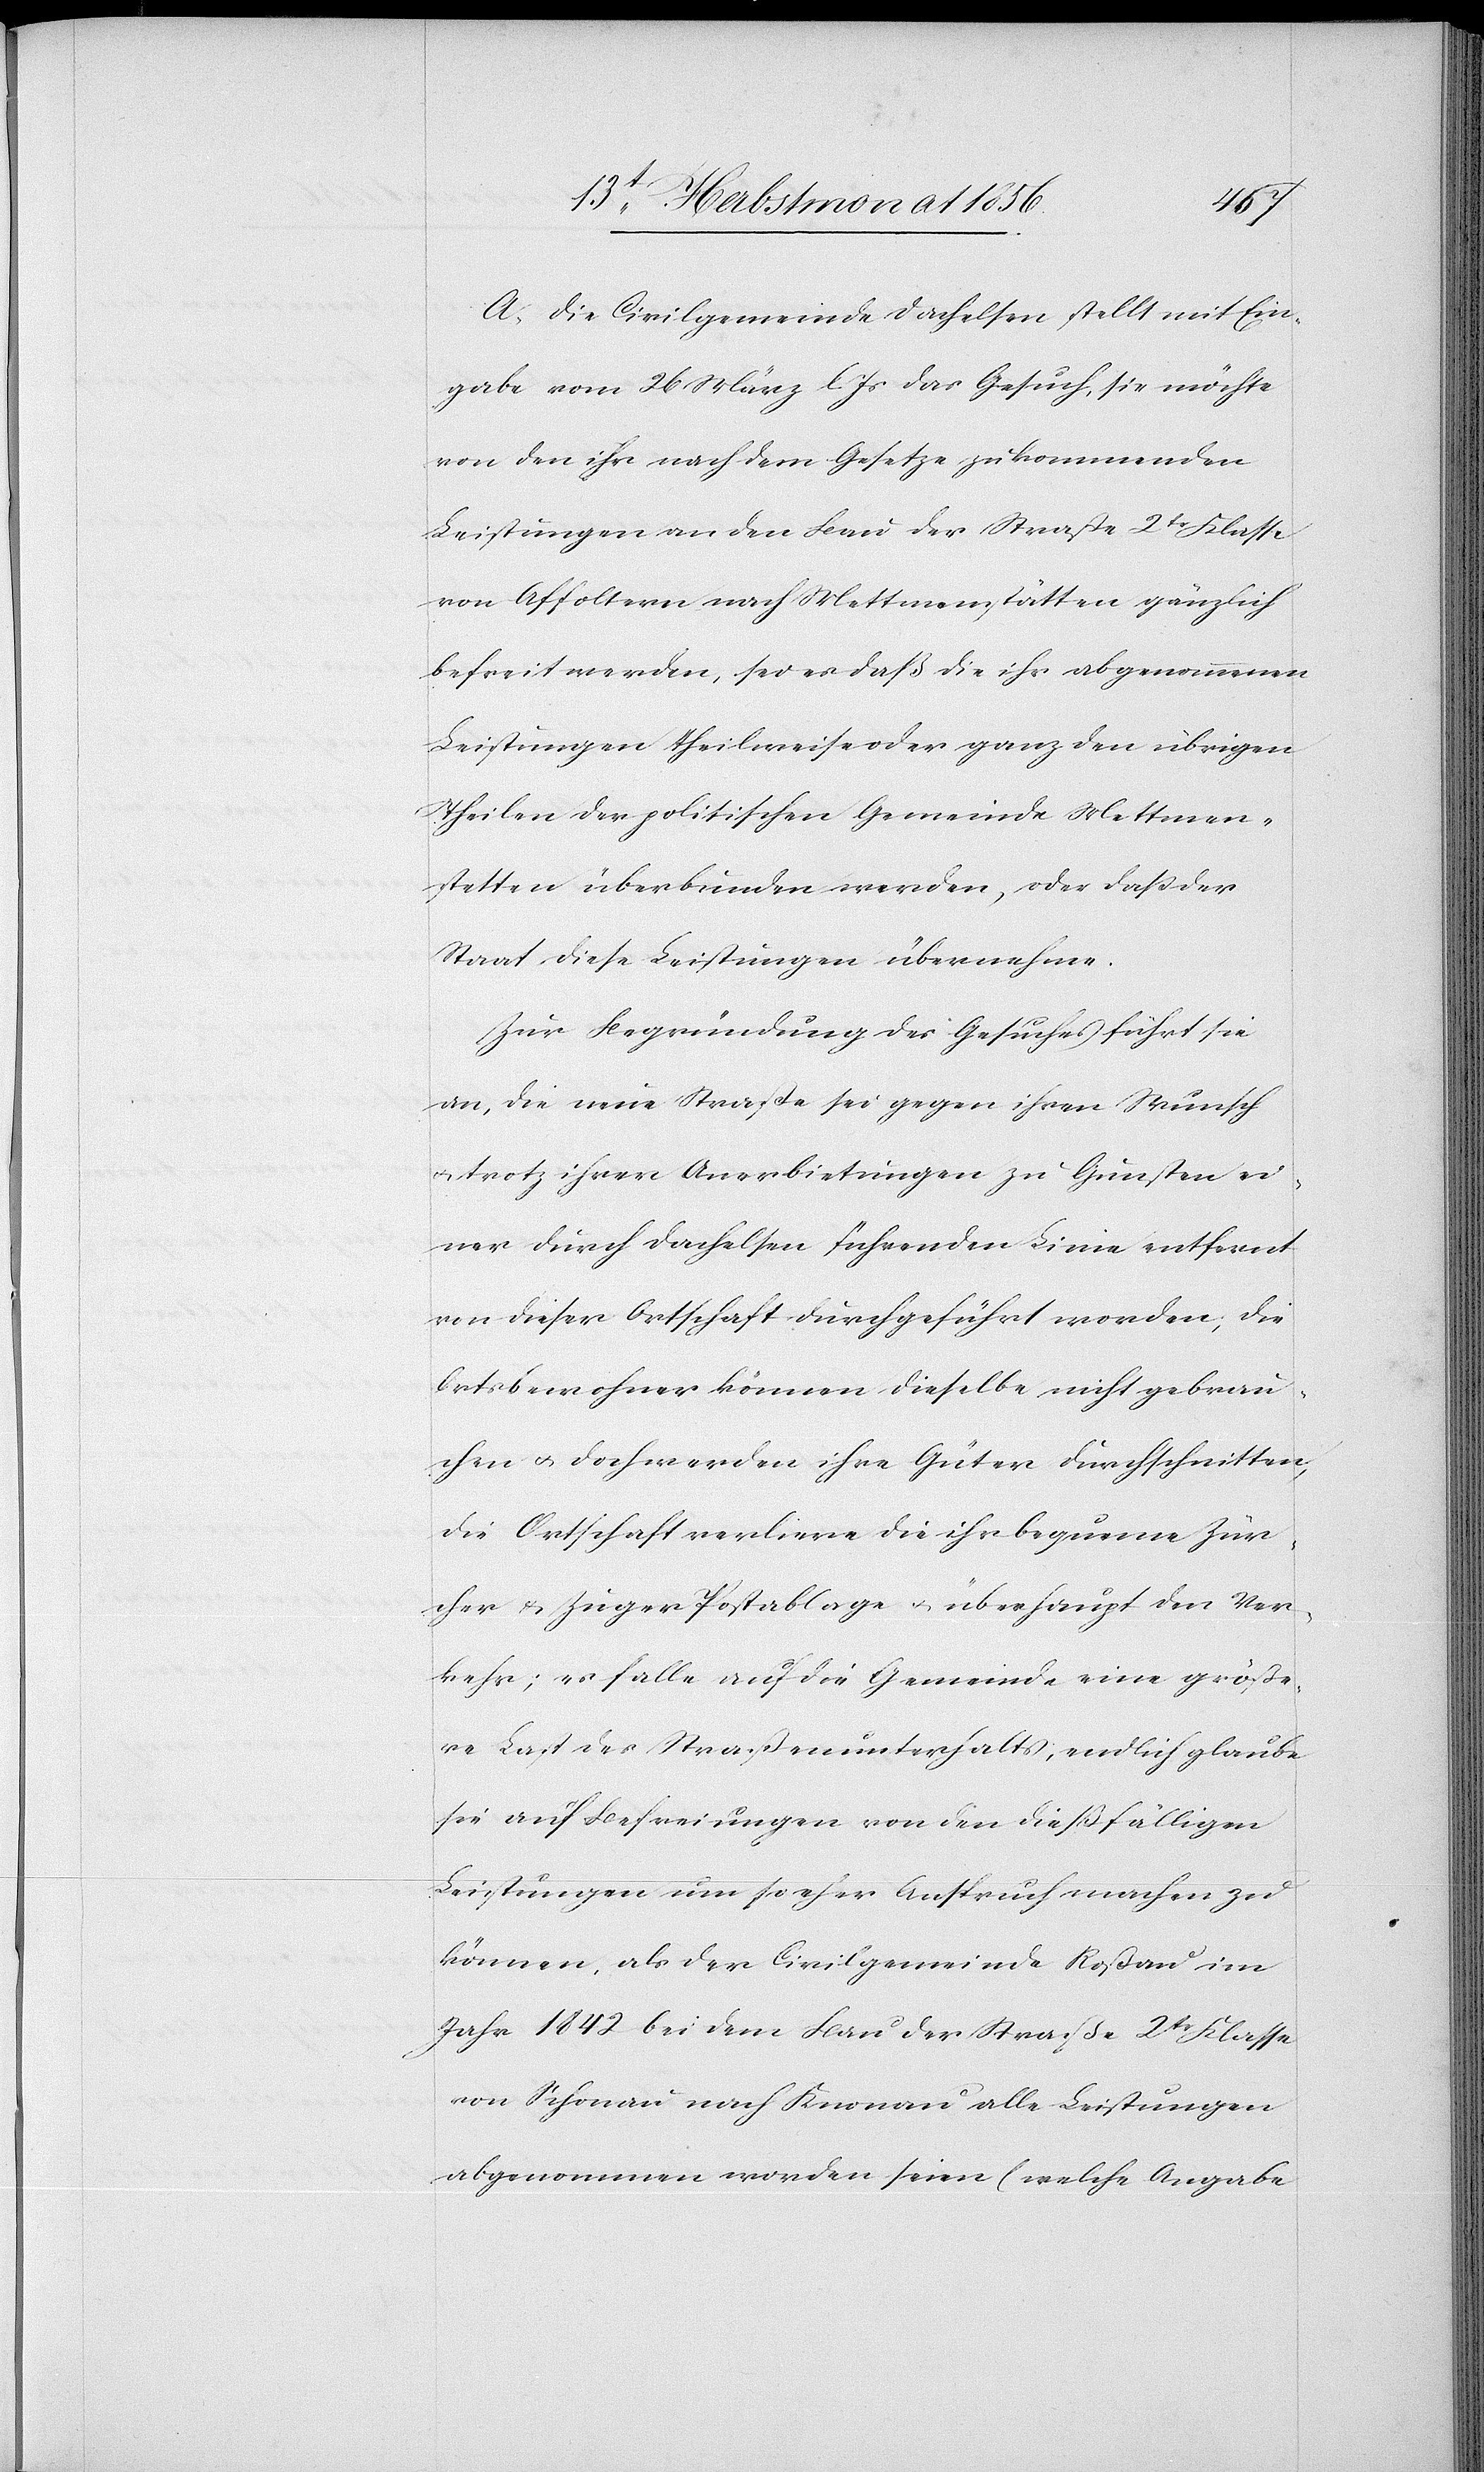
A. Die Civilgemeinde Dachelsen stellt mit Ein¬
gabe vom 26 März l. Js das Gesuch, sie möchte
von den ihr nach dem Gesetze zukommenden
Leistungen an den Bau der Straße 2tr Klasse
von Affoltern nach Mettmenstätten [sic!] gänzlich
befreit werden, sei es daß die ihr abgenommenen
Leistungen theilweise oder ganz den übrigen
Theilen der politischen Gemeinde Mettmen¬
stetten überbunden werden, oder dass der
Staat diese Leistungen übernehme.
Zur Begründung des Gesuches führt sie
an, die neue Straße sei gegen ihren Wunsch
u. trotz ihrer Anerbietungen zu Gunsten ei¬
ner durch Dachelsen führenden Linie entfernt
von dieser Ortschaft durchgeführt worden; die
Ortsbewohner können dieselbe nicht gebrau¬
chen u. doch werden ihre Güter durchschnitten;
die Ortschaft verliere die ihr bequeme Zür¬
cher & Zuger Postablage u. überhaupt den Ver¬
kehr; es falle auf die Gemeinde eine größe¬
re Last des Straßenunterhalts; endlich glaube
sie auf Befreiungen von den dießfälligen
Leistungen um so eher Anspruch machen zu
können, als der Civilgemeinde Roßau im
Jahr 1842 bei dem Bau der Straße 2tr Klasse
von Schonau [sic!] nach Knonau alle Leistungen
abgenommen worden seien (welche Angabe